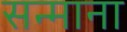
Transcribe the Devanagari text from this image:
सन्माना